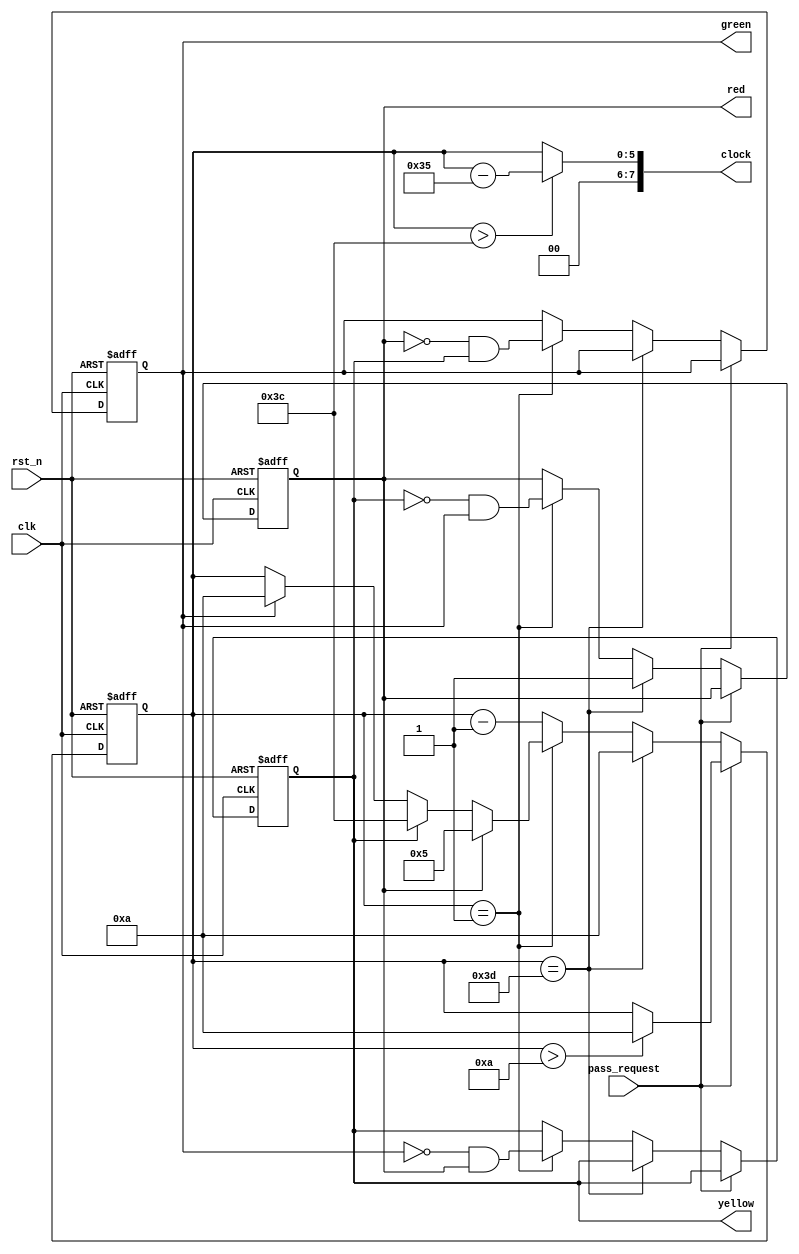
// ======================================================================
// Copyright (c) 2023-2023 All rights reserved
// ======================================================================
// Affiliation  : Tsinghua Univ & NeuraMatrix
// Revise Date  : 2023-06-08 10:38:09
// Description  : VL57 on nowcoder
// ======================================================================

module triffic_light (
  input  wire       rst_n,
  input  wire       clk,
  input  wire       pass_request,
  output wire [7:0] clock,
  output reg        red,
  output reg        yellow,
  output reg        green
);

  // Requirement: 60 cycles green, 5 cycles yellow, 10 cycles red.
  // When pass_request = 1, if green light time > 10 cycles, turn it to 10 cycles.

  reg [5:0] cnt;

  always @(posedge clk or negedge rst_n) begin
    if(~rst_n) begin
      cnt <= 6'd63;
      red <= 1'b0;
      yellow <= 1'b0;
      green <= 1'b0;
    end else if (pass_request) begin
      cnt <= (cnt > 6'd10) ? 6'd10 : cnt;
    end else begin
      if (cnt == 6'd61) begin
        red <= 1'b1;
        cnt <= 6'd10;
      end else if (cnt == 6'd1) begin
        red <= ~yellow & green;
        yellow <= ~green & red;
        green <= ~red & yellow;
        cnt <= red ? 6'd5 : (yellow ? 6'd60 : (green ? 6'd10 : cnt));
      end else begin
        cnt <= cnt - 6'd1;
      end
    end
  end

  assign clock = (cnt > 6'd60) ? {2'd0, cnt - 6'd53} : {2'd0, cnt};

endmodule